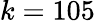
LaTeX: k=105